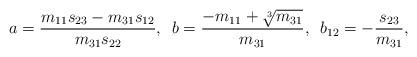
LaTeX: \begin{align*}a = \frac{m_{11} s_{23}-m_{31}s_{12}}{m_{31} s_{22}}, \enskip b = \frac{-m_{11} + \sqrt[3]{m_{31}}}{m_{31}}, \enskip b_{12} = -\frac{s_{23}}{m_{31}},\end{align*}